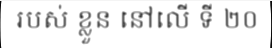
របស់ ខ្លួន នៅលើ ទី ២០